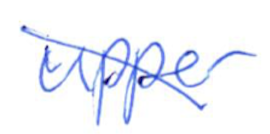
Text: upper
Cross-out: diagonal
Writing tool: ballpoint